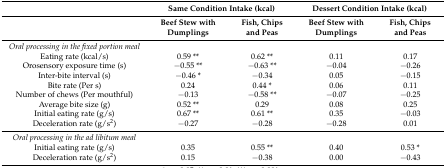
<table><thead><tr><td></td><td colspan="2"><b>Same Condition Intake (kcal)</b></td><td colspan="2"><b>Dessert Condition Intake (kcal)</b></td></tr><tr><td></td><td><b>Beef Stew with Dumplings</b></td><td><b>Fish, Chips and Peas</b></td><td><b>Beef Stew with Dumplings</b></td><td><b>Fish, Chips and Peas</b></td></tr></thead><tbody><tr><td><i>Oral processing in the fixed portion meal</i></td><td></td><td></td><td></td><td></td></tr><tr><td>Eating rate (kcal/s)</td><td>0.59 **</td><td>0.62 **</td><td>0.11</td><td>0.17</td></tr><tr><td>Orosensory exposure time (s)</td><td>−0.55 **</td><td>−0.63 **</td><td>−0.04</td><td>−0.26</td></tr><tr><td>Inter-bite interval (s)</td><td>−0.46 *</td><td>−0.34</td><td>0.05</td><td>−0.15</td></tr><tr><td>Bite rate (Per s)</td><td>0.24</td><td>0.44 *</td><td>0.06</td><td>0.11</td></tr><tr><td>Number of chews (Per mouthful)</td><td>−0.13</td><td>−0.58 **</td><td>−0.07</td><td>−0.25</td></tr><tr><td>Average bite size (g)</td><td>0.52 **</td><td>0.29</td><td>0.08</td><td>0.25</td></tr><tr><td>Initial eating rate (g/s)</td><td>0.67 **</td><td>0.61 **</td><td>0.35</td><td>−0.03</td></tr><tr><td>Deceleration rate (g/s<sup>2</sup>)</td><td>−0.27</td><td>−0.28</td><td>−0.28</td><td>0.01</td></tr><tr><td><i>Oral processing in the ad libitum meal</i></td><td></td><td></td><td></td><td></td></tr><tr><td>Initial eating rate (g/s)</td><td>0.35</td><td>0.55 **</td><td>0.40</td><td>0.53 *</td></tr><tr><td>Deceleration rate (g/s<sup>2</sup>)</td><td>0.15</td><td>−0.38</td><td>0.00</td><td>−0.43</td></tr></tbody></table>